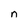
Character: n